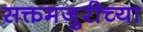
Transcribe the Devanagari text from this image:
सक्तमजुरीच्या